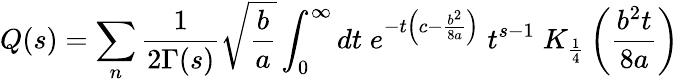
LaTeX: Q(s)=\sum_{n}\frac{1}{2\Gamma(s)}\sqrt{\frac{b}{a}}\int_{0}^{\infty}dt\; e^{-t\left(c-\frac{b^{2}}{8a}\right)}\; t^{s-1}\; K_{\frac{1}{4}}\left(\frac{b^{2}t}{8a}\right)